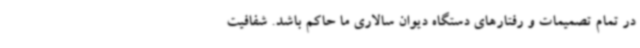
در تمام تصمیمات و رفتارهای دستگاه دیوان سالاری ما حاکم باشد. شفافیت